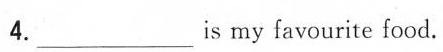
4.___is my favourite food.